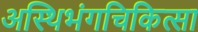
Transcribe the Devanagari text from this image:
अस्थिभंगचिकित्सा